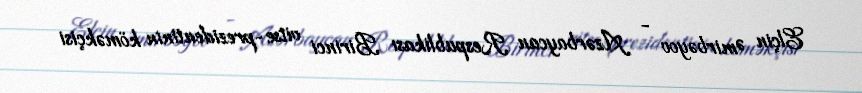
Elçin Əmirbəyov - Azərbaycan Respublikası Birinci vitse-prezidentinin köməkçisi